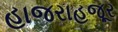
હાજરાહજૂર